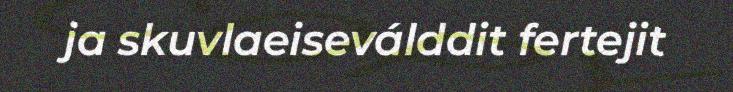
ja skuvlaeiseválddit fertejit